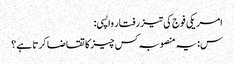
امریکی فوج کی تیز رفتار واپسی:
س: یہ منصوبہ کس چیز کا تقاضا کرتا ہے؟